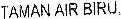
TAMAN AIR BIRU,